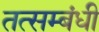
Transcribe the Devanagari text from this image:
तत्सम्बंधी